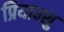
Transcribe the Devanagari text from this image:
प्रियान्शु